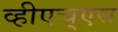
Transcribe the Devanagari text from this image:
व्हीएच्‌एस